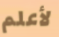
لأعلم